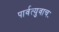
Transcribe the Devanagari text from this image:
पार्वत्युवाचः